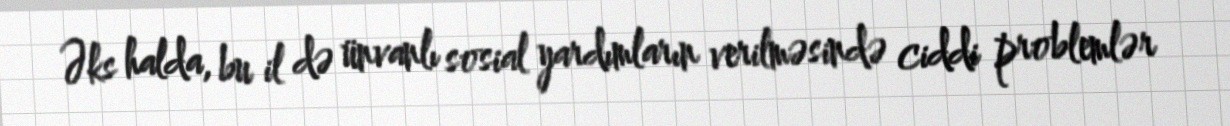
Əks halda, bu il də ünvanlı sosial yardımların verilməsində ciddi problemlər